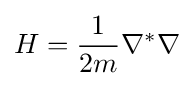
H={\frac {1}{2m}}\nabla ^{*}\nabla